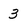
Character: 3